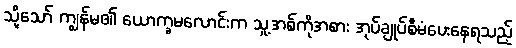
သို့သော် ကျွန်မ၏ ယောက္ခမလောင်းက သူ့အစ်ကိုအစား အုပ်ချုပ်စီမံပေးနေရသည့်